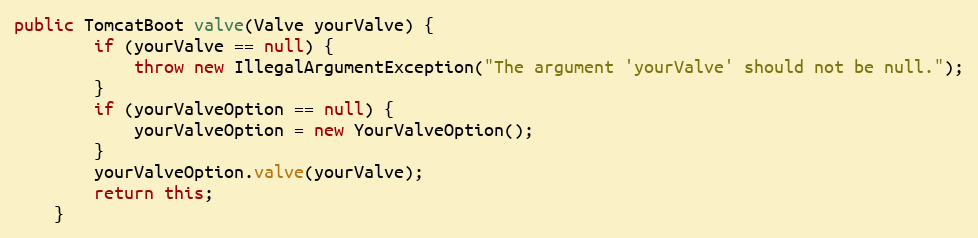
Language: Java
public TomcatBoot valve(Valve yourValve) {
        if (yourValve == null) {
            throw new IllegalArgumentException("The argument 'yourValve' should not be null.");
        }
        if (yourValveOption == null) {
            yourValveOption = new YourValveOption();
        }
        yourValveOption.valve(yourValve);
        return this;
    }